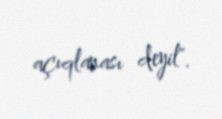
açıqlanası deyil".